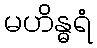
မဟိန္ဓရံ